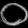
Digit: ၀